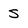
Character: S